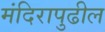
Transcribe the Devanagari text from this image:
मंदिरापुढील